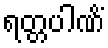
ရတ္တပါဏိံ